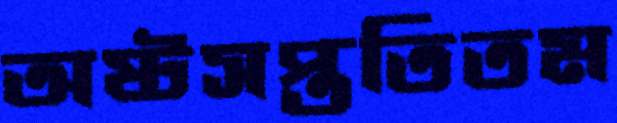
অষ্টসপ্ততিতম